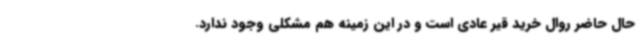
حال حاضر روال خرید قیر عادی است و در این زمینه هم مشکلی وجود ندارد.